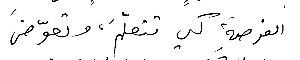
الفرصةَ كي تتعلّمَ، وتعوّضَ